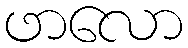
ဖာလော